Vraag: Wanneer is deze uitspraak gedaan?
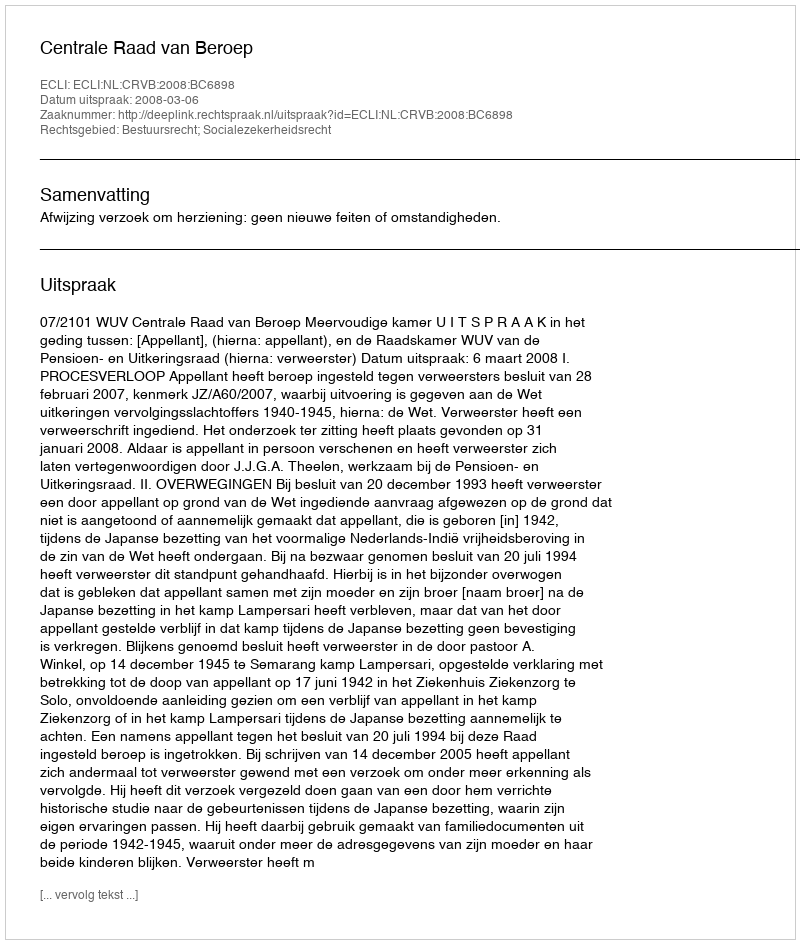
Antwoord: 2008-03-06